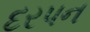
દરપન